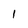
Character: 1